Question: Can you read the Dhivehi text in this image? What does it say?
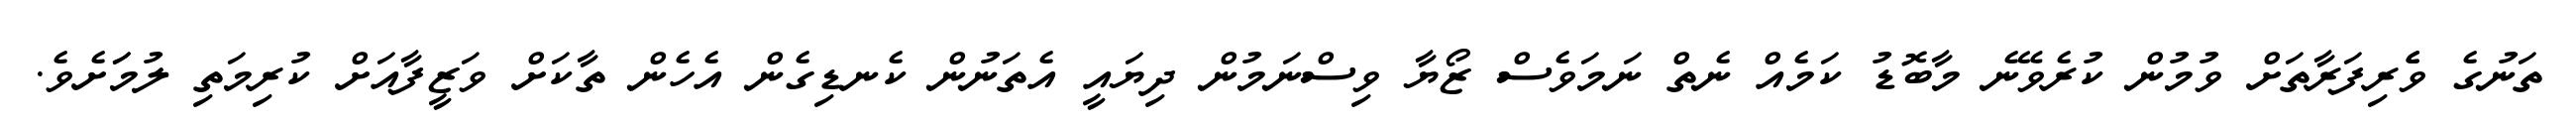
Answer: ތަނުގެ ވެެރިފަރާތަށް ވުމުން ކުރެވޭނެ މާބޮޑު ކަމެއް ނެތް ނަމަވެސް ޒޯޔާ ވިސްނަމުން ދިޔައީ އެތަނުން ކެނޑިގެން އެހެން ތާކަށް ވަޒީފާއަށް ކުރިމަތި ލުމަަށެވެ.